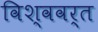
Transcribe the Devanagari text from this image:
विश्ववर्त